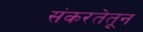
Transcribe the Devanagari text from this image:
संकरतेतून